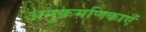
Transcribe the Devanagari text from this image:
अनुक्रमणिकाएँ